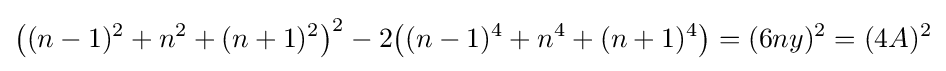
{\big (}(n-1)^{2}+n^{2}+(n+1)^{2}{\big )}^{2}-2{\big (}(n-1)^{4}+n^{4}+(n+1)^{4}{\big )}=(6ny)^{2}=(4A)^{2}